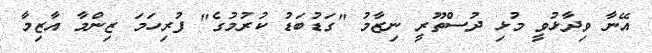
އޭނާ ވިދާޅުވީ މުޅި ދުސްތޫރީ ނިޒާމު "ގަޑުބަޑު ކުރުމުގެ" ފުރިހަމަ ޒިންމާ އާޒިމާ